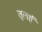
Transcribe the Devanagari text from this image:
तुलई